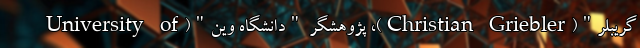
گریبلر"(Christian Griebler)، پژوهشگر "دانشگاه وین"(University of